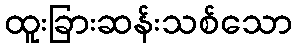
ထူးခြားဆန်းသစ်သော